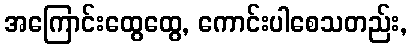
အကြောင်းထွေထွေ, ကောင်းပါစေသတည်း,